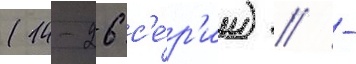
(14-26 с'е́р'ии) // -